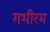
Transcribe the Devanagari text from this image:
गभीरम